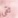
ثقى